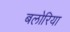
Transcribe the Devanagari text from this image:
बलोरिया